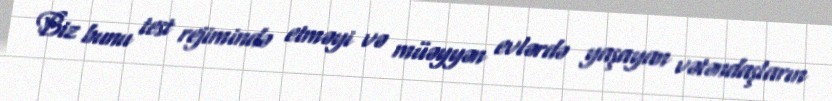
Biz bunu test rejimində etməyi və müəyyən evlərdə yaşayan vətəndaşların